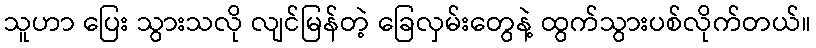
သူဟာ ပြေး သွားသလို လျင်မြန်တဲ့ ခြေလှမ်းတွေနဲ့ ထွက်သွားပစ်လိုက်တယ်။